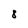
Character: 8